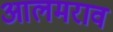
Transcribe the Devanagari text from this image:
आलमराव